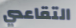
التقاعدي